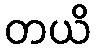
တယိ